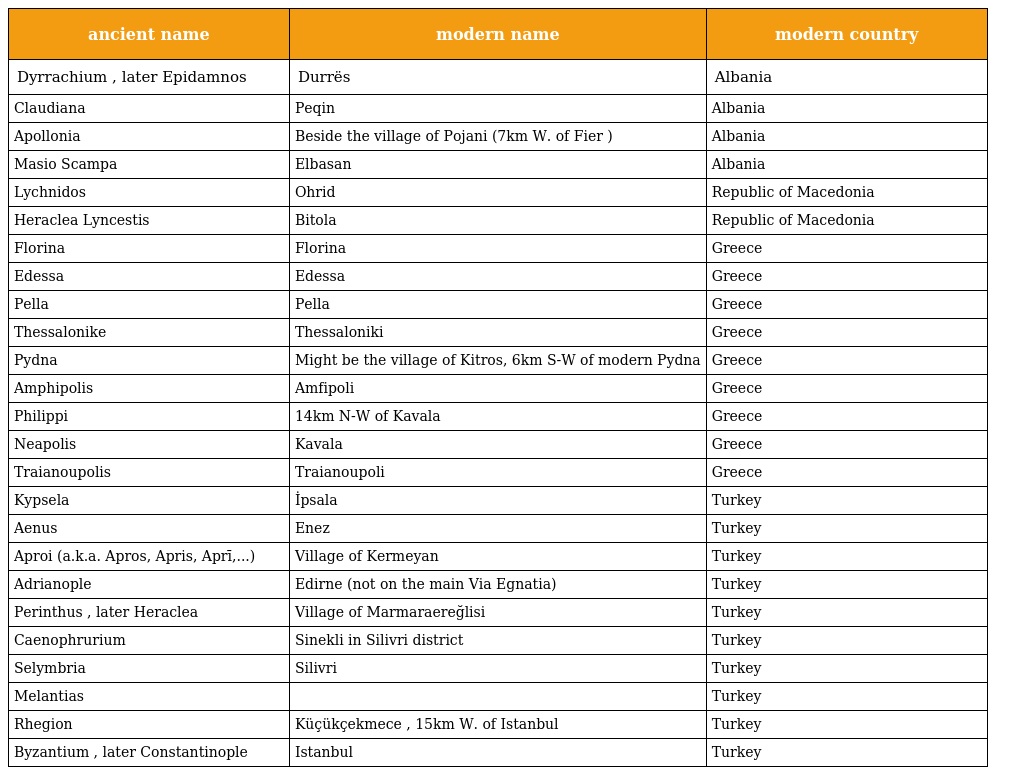
| ancient name | modern name | modern country |
 | --- | --- | --- |
 | Dyrrachium , later Epidamnos | Durrës | Albania |
 | Claudiana | Peqin | Albania |
 | Apollonia | Beside the village of Pojani (7km W. of Fier ) | Albania |
 | Masio Scampa | Elbasan | Albania |
 | Lychnidos | Ohrid | Republic of Macedonia |
 | Heraclea Lyncestis | Bitola | Republic of Macedonia |
 | Florina | Florina | Greece |
 | Edessa | Edessa | Greece |
 | Pella | Pella | Greece |
 | Thessalonike | Thessaloniki | Greece |
 | Pydna | Might be the village of Kitros, 6km S-W of modern Pydna | Greece |
 | Amphipolis | Amfipoli | Greece |
 | Philippi | 14km N-W of Kavala | Greece |
 | Neapolis | Kavala | Greece |
 | Traianoupolis | Traianoupoli | Greece |
 | Kypsela | İpsala | Turkey |
 | Aenus | Enez | Turkey |
 | Aproi (a.k.a. Apros, Apris, Aprī,...) | Village of Kermeyan | Turkey |
 | Adrianople | Edirne (not on the main Via Egnatia) | Turkey |
 | Perinthus , later Heraclea | Village of Marmaraereğlisi | Turkey |
 | Caenophrurium | Sinekli in Silivri district | Turkey |
 | Selymbria | Silivri | Turkey |
 | Melantias |  | Turkey |
 | Rhegion | Küçükçekmece , 15km W. of Istanbul | Turkey |
 | Byzantium , later Constantinople | Istanbul | Turkey |